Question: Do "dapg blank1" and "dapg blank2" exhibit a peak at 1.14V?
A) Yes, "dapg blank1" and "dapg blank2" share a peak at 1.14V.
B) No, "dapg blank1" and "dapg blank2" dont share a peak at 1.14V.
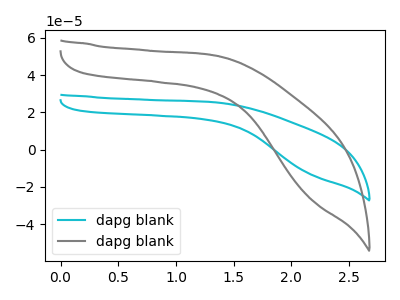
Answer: <think>The cyan curve "dapg blank1" has no peaks. The gray curve "dapg blank2" has no peaks.</think>
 <answer>B) No, "dapg blank1" and "dapg blank2" dont share a peak at 1.14V.</answer>
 <eval>B</eval>